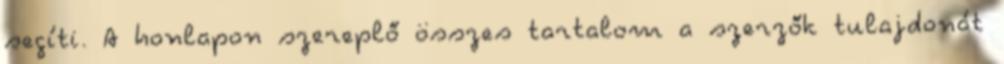
segíti. A honlapon szereplő összes tartalom a szerzők tulajdonát